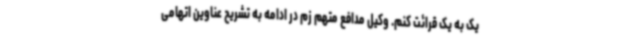
یک به یک قرائت کنم. وکیل مدافع متهم زم در ادامه به تشریح عناوین اتهامی